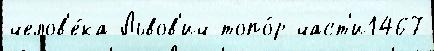
челов'е́ка Львов'ич топо́р част'и1467